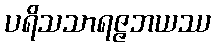
ပရိသသာရဇ္ဇဘယဿ